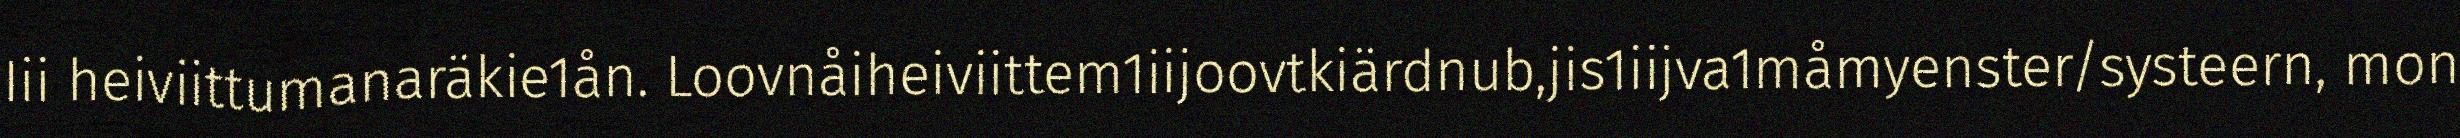
Iii heiviittumanaräkie1ån. Loovnåiheiviittem1iijoovtkiärdnub,jis1iijva1måmyenster/systeern, mon